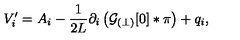
V _ { i } ^ { \prime } = { A } _ { i } - \frac { 1 } { 2 L } \partial _ { i } \left( { \cal G } _ { ( \perp ) } [ 0 ] \ast \pi \right) + q _ { i } ,